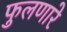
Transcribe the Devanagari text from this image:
फुलणारे